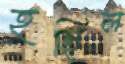
হছিল